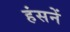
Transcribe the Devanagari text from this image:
हंसनें